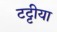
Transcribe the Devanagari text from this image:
टट्टीया